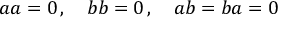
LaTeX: \textstyle a a = 0 \, , \quad b b = 0 \, , \quad a b = b a = 0